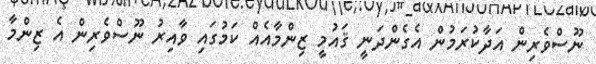
ނޫސްވެރިން އަދާކުރަމުން އެގެންދަނީ ޤައުމީ ޒިންމާއެއް ކަމުގައި ވާއިރު ނޫސްވެރިން އެ ޒިންމާ